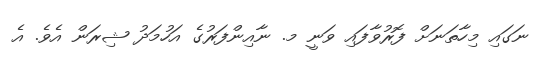
ނަގައި މިހާތަނަށް ފޮރުވާފައި ވަނީ މ. ނާއިންފަރުގެ އަހުމަދު ޝިރަން އެވެ. އެ